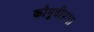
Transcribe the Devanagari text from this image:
कौमुदीप्रभा